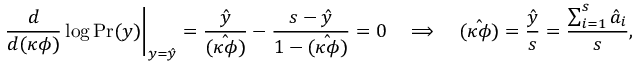
\left. \frac { d } { d ( \kappa \phi ) } \log \mathrm { P r } ( y ) \right| _ { y = \hat { y } } = \frac { \hat { y } } { \hat { ( \kappa \phi ) } } - \frac { s - \hat { y } } { 1 - \hat { ( \kappa \phi ) } } = 0 \quad \Longrightarrow \quad \hat { ( \kappa \phi ) } = \frac { \hat { y } } { s } = \frac { \sum _ { i = 1 } ^ { s } \hat { a } _ { i } } { s } ,